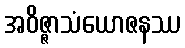
အဝိဇ္ဇာသံယောဇနဿ